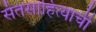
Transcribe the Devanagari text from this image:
संतसाहित्याची